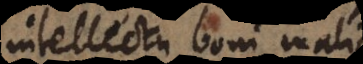
intellectu boni malique,